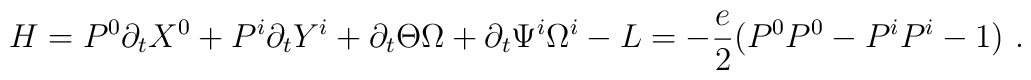
H=P^0\partial_t  X^0+P^i\partial_t  Y^i+\partial_t \Theta\Omega+\partial_t \Psi^i\Omega^i-L=-{e\over 2}(P^0P^0-P^iP^i-1)~.